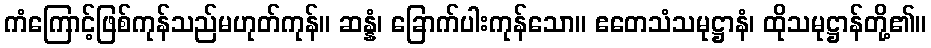
ကံကြောင့်ဖြစ်ကုန်သည်မဟုတ်ကုန်။ ဆန္နံ၊ ခြောက်ပါးကုန်သော။ ဧတေသံသမုဋ္ဌာနံ၊ ထိုသမုဋ္ဌာန်တို့၏။